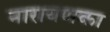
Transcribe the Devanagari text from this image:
नारायणका